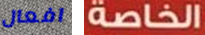
افعال الخاصة